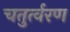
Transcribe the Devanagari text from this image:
चतुर्त्वरण